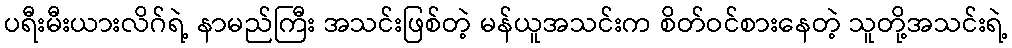
ပရီးမီးယားလိဂ်ရဲ့ နာမည်ကြီး အသင်းဖြစ်တဲ့ မန်ယူအသင်းက စိတ်ဝင်စားနေတဲ့ သူတို့အသင်းရဲ့